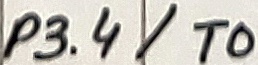
Text: P3.4/T0